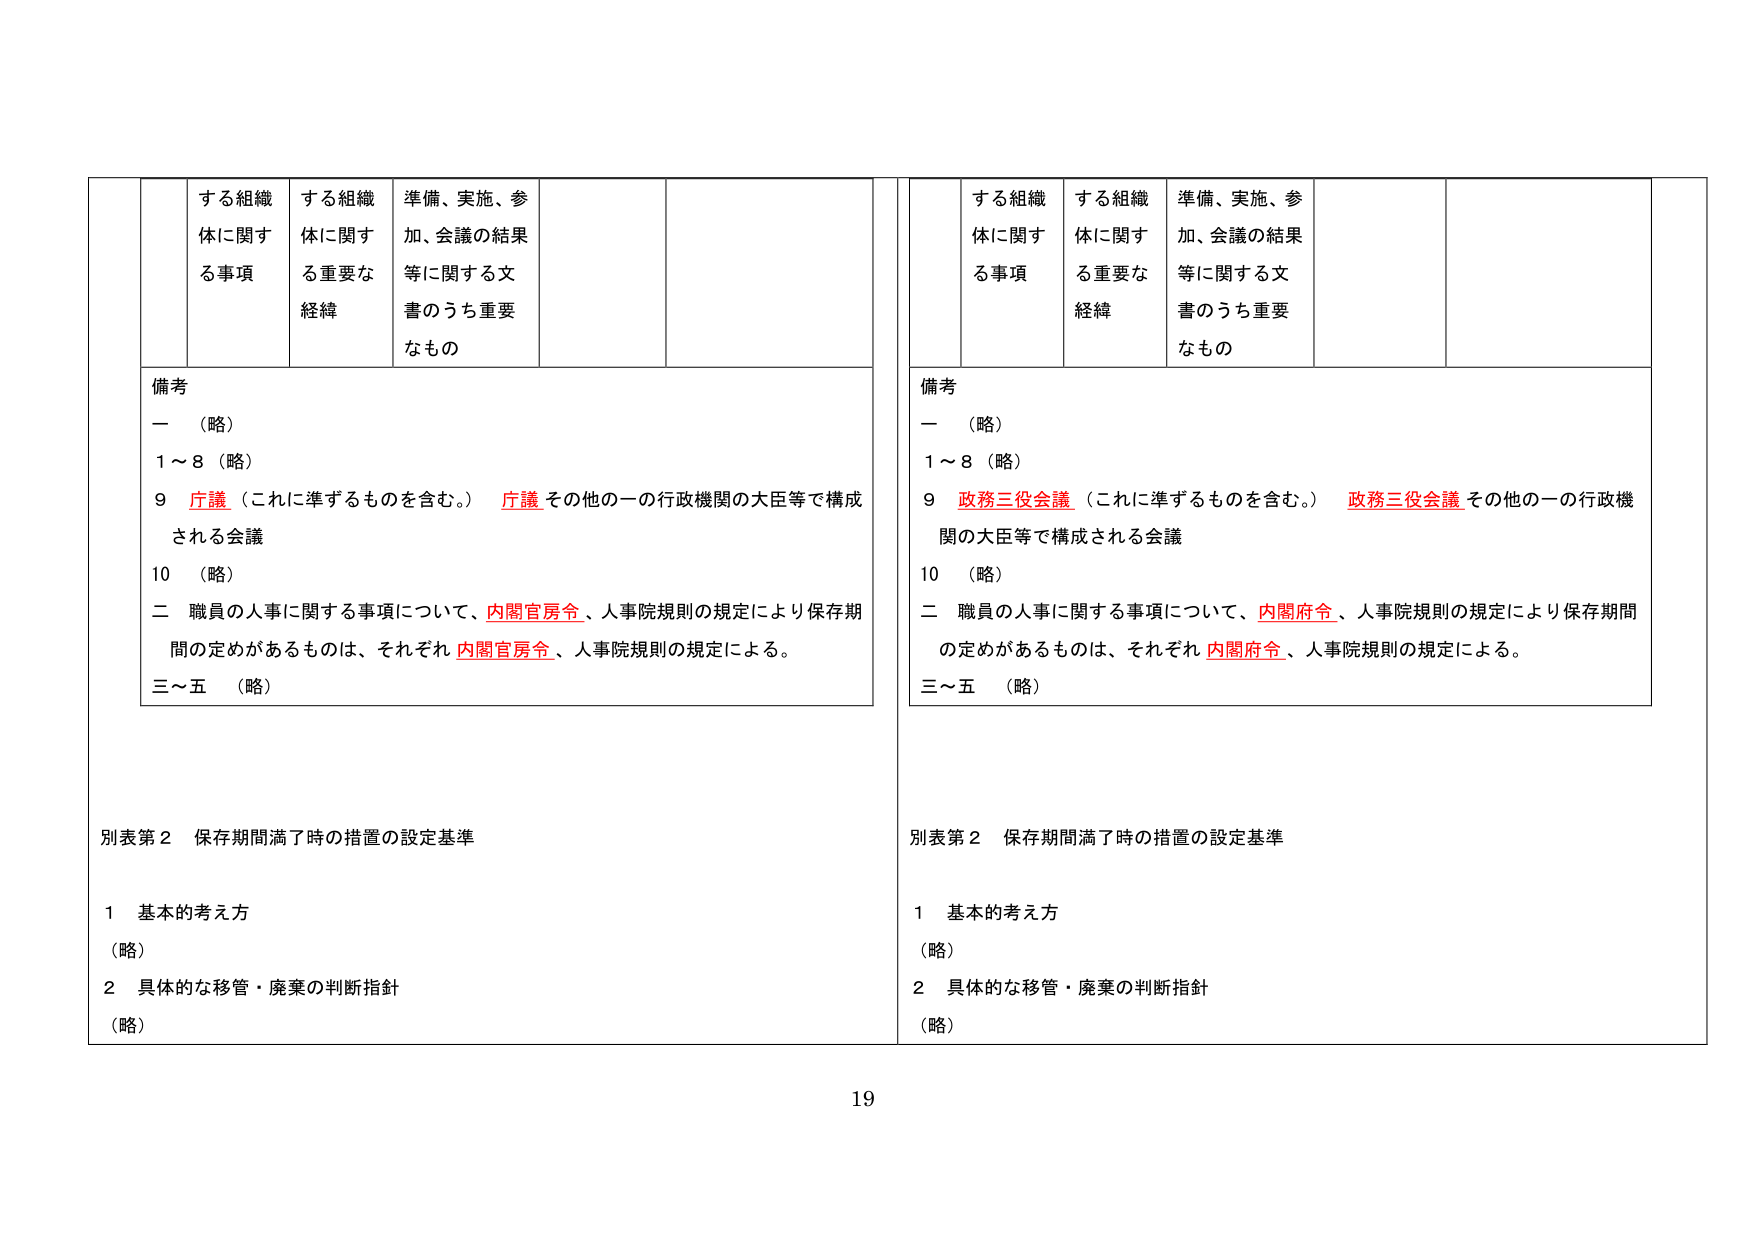
する組織体に関する事項　する組織体に関する重要な経緯　準備、実施、参加、会議の結果等に関する文書のうち重要なも の

備考
一　（略）
1～8　（略）
9　庁議（これに準ずるものを含む。）　庁議 その他の一の行政機関の大臣等で構成される会議
10　（略）
二　職員の人事に関する事項について、内閣官房令、人事院規則の規定により保存期間の定めがあるものは、それぞれ 内閣官房令、人事院規則の規定による。
三～五　（略）

別表第2　保存期間満了時の措置の設定基準
1　基本的考え方
（略）
2　具体的な移管・廃棄の判断指針
（略）

する組織体に関する事項　する組織体に関する重要な経緯　準備、実施、参加、会議の結果等に関する文書のうち重要なも の

備考
一　（略）
1～8　（略）
9　政務三役会議（これに準ずるものを含む。）　政務三役会議 その他の一の行政機関の大臣等で構成される会議
10　（略）
二　職員の人事に関する事項について、内閣府令、人事院規則の規定により保存期間の定めがあるものは、それぞれ 内閣府令、人事院規則の規定による。
三～五　（略）

別表第2　保存期間満了時の措置の設定基準
1　基本的考え方
（略）
2　具体的な移管・廃棄の判断指針
（略）

19